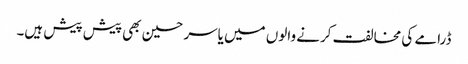
ڈرامے کی مخالفت کرنے والوں میں یاسر حسین بھی پیش پیش ہیں۔